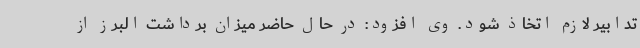
تدابیر لازم اتخاذ شود. وی افزود: در حال حاضر میزان برداشت البرز از